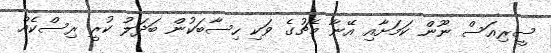
ސީރިއަސް ނޫން ކަމަށާއި އޭނާ މެޗުގެ ވަކި ހިސާބަކުން ބަދަލު ކުރީ ރިސްކެއް